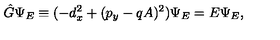
{ \hat { G } } \Psi _ { E } \equiv ( - d _ { x } ^ { 2 } + ( p _ { y } - q A ) ^ { 2 } ) \Psi _ { E } = E \Psi _ { E } ,